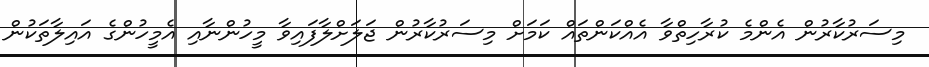
މިސަރުކާރުން އެންމެ ކުރާހިތްވާ އެއްކަންތައް ކަމަށް މިސަރުކާރުން ޖަލަށްލާފައިވާ މީހުންނާއި އެމީހުންގެ އައިލާތަކުން